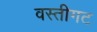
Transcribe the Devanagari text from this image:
वस्तीगट